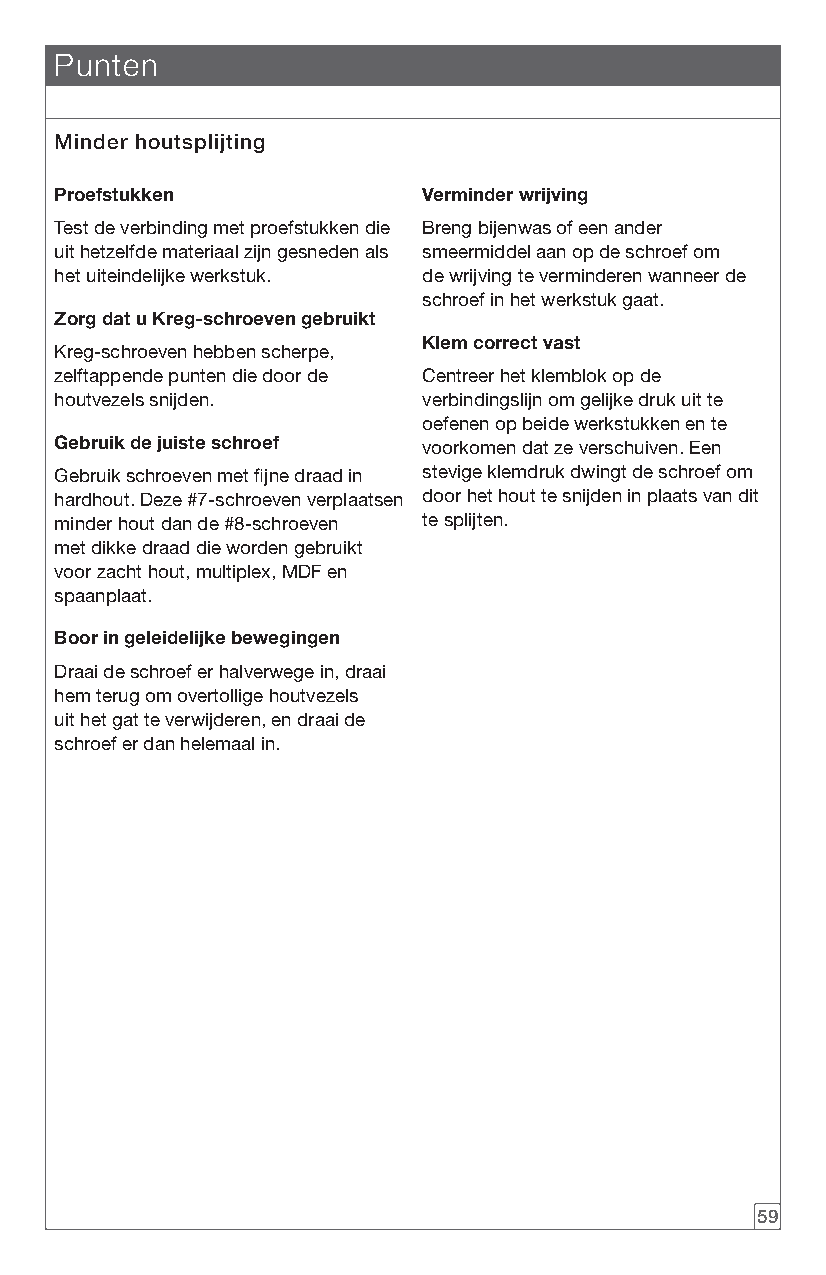
Punten
 Minder houtsplijting
 Proefstukken            Verminder wrijving
 Test de verbinding met proefstukken die Breng bijenwas of een ander
 uit hetzelfde materiaal zijn gesneden als smeermiddel aan op de schroef om
 het uiteindelijke werkstuk. de wrijving te verminderen wanneer de
 schroef in het werkstuk gaat.
 Zorg dat u Kreg-schroeven gebruikt
 Klem correct vast
 Kreg-schroeven hebben scherpe,
 zelftappende punten die door de Centreer het klemblok op de
 houtvezels snijden.     verbindingslijn om gelijke druk uit te
 oefenen op beide werkstukken en te
 Gebruik de juiste schroef voorkomen dat ze verschuiven. Een
 Gebruik schroeven met fijne draad in stevige klemdruk dwingt de schroef om
 hardhout. Deze #7-schroeven verplaatsen door het hout te snijden in plaats van dit
 minder hout dan de #8-schroeven te splijten.
 met dikke draad die worden gebruikt
 voor zacht hout, multiplex, MDF en
 spaanplaat.
 Boor in geleidelijke bewegingen
 Draai de schroef er halverwege in, draai
 hem terug om overtollige houtvezels
 uit het gat te verwijderen, en draai de
 schroef er dan helemaal in.
 59